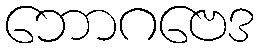
ဘောဂဗေဒ